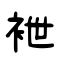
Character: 袣